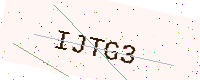
Text: IJTG3